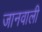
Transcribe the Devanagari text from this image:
जानवाली